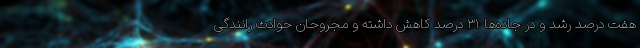
هفت درصد رشد و در جاده‌ها ۳۱ درصد کاهش داشته و مجروحان حوادث رانندگی